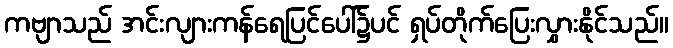
ကဗျာသည် အင်းလျားကန်ရေပြင်ပေါ်၌ပင် ရှပ်တိုက်ပြေးလွှားနိုင်သည်။